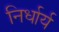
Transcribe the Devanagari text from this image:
निर्धार्य